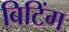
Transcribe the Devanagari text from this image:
बिटिंग